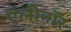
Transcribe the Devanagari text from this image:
ऍलीनॉर